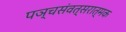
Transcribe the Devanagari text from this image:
पञ्चसंवत्सरात्मक